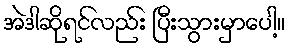
အဲဒါဆိုရင်လည်း ပြီးသွားမှာပေါ့။